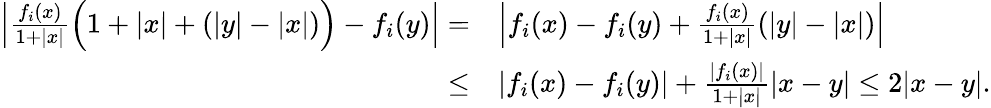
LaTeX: \begin{array}{rl}{\left|\frac{f_{i}(x)}{1+|x|}\Big(1+|x|+(|y|-|x|)\Big)-f_{i}(y)\right|=}&{\left|f_{i}(x)-f_{i}(y)+\frac{f_{i}(x)}{1+|x|}(|y|-|x|)\right|}\\ {\leq}&{|f_{i}(x)-f_{i}(y)|+\frac{|f_{i}(x)|}{1+|x|}|x-y|\leq 2|x-y|.}\end{array}